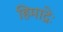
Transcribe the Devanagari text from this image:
हिमाद्रेः